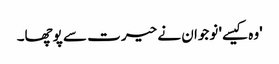
'وہ کیسے' نوجوان نے حیرت سے پوچھا۔